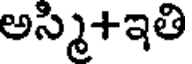
అస్మి+ఇతి